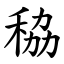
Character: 䅄